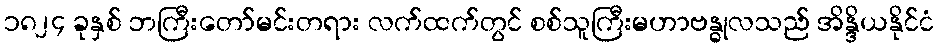
၁၈၂၄ ခုနှစ် ဘကြီးတော်မင်းတရား လက်ထက်တွင် စစ်သူကြီးမဟာဗန္ဓုလသည် အိန္ဒိယနိုင်ငံ